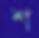
শ